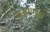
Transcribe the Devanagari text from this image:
प्रमाणत्वं